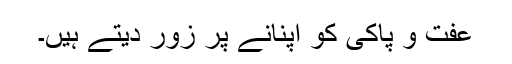
عفت و پاکی کو اپنانے پر زور دیتے ہیں۔